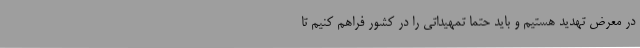
در معرض تهدید هستیم و باید حتما تمهیداتی را در کشور فراهم کنیم تا